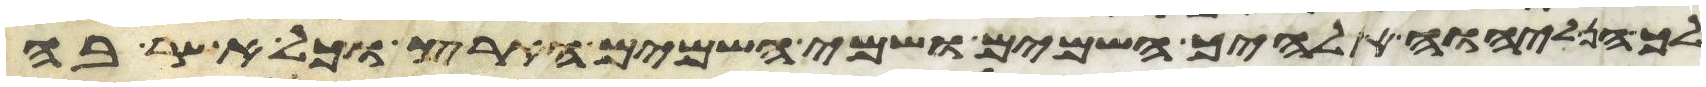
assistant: לך הן ליהוה אלהיך השמים ושמי השמים הארץ וכל אשר בה